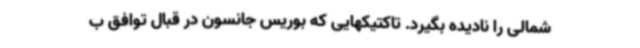
شمالی را نادیده بگیرد. تاکتیکهایی که بوریس جانسون در قبال توافق ب